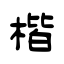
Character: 楷